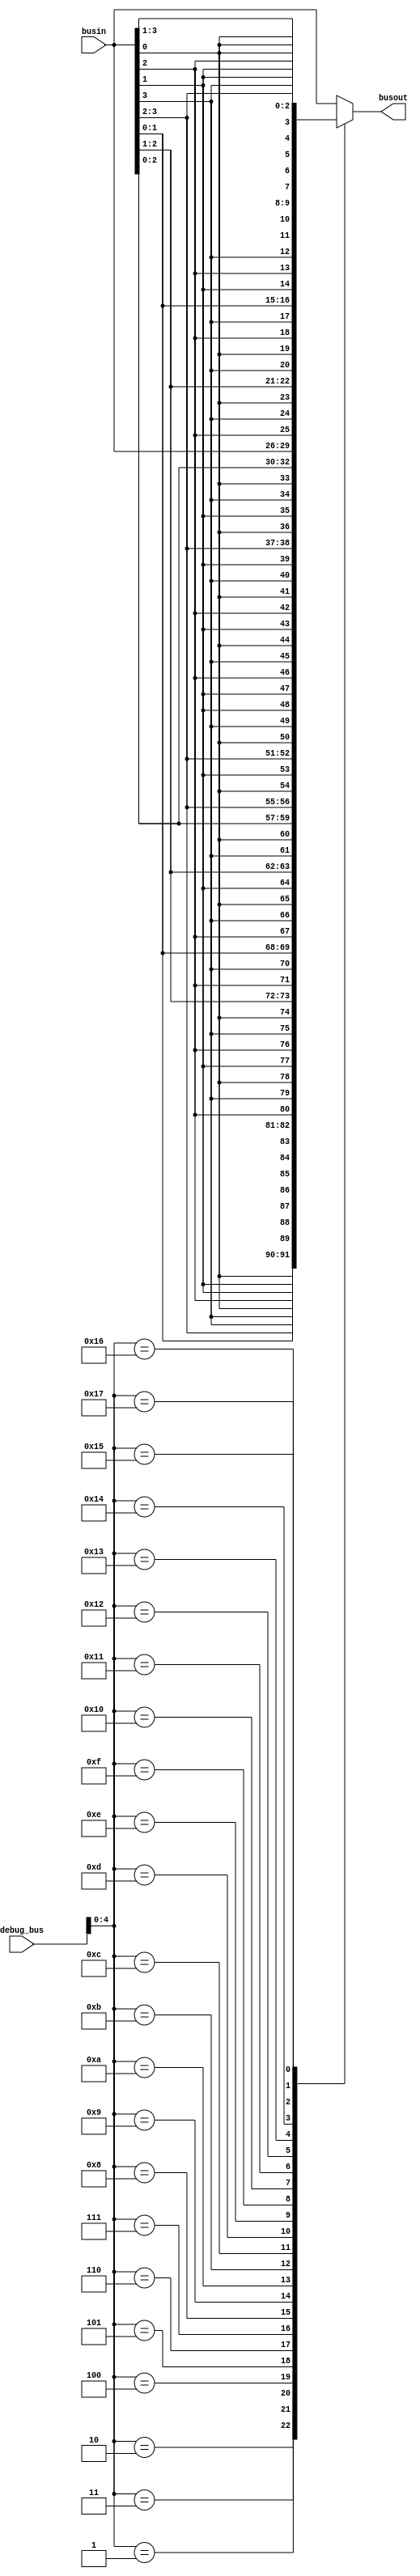
// This program was cloned from: https://github.com/atrac17/Toaplan2
// License: GNU General Public License v3.0

/*  This file is part of JTFRAME.
    JTFRAME program is free software: you can redistribute it and/or modify
    it under the terms of the GNU General Public License as published by
    the Free Software Foundation, either version 3 of the License, or
    (at your option) any later version.

    JTFRAME program is distributed in the hope that it will be useful,
    but WITHOUT ANY WARRANTY; without even the implied warranty of
    MERCHANTABILITY or FITNESS FOR A PARTICULAR PURPOSE.  See the
    GNU General Public License for more details.

    You should have received a copy of the GNU General Public License
    along with JTFRAME.  If not, see <http://www.gnu.org/licenses/>.

    Author: Jose Tejada Gomez. Twitter: @topapate
    Version: 1.0
    Date: 14-1-2022 */

module jtframe_sort(
    input      [7:0] debug_bus,
    input      [3:0] busin,
    output reg [3:0] busout
);

always @* begin
    case( debug_bus[4:0] )
       5'h00: busout = { busin[3], busin[2], busin[1], busin[0] };
       5'h01: busout = { busin[3], busin[2], busin[0], busin[1] };
       5'h02: busout = { busin[3], busin[1], busin[2], busin[0] };
       5'h03: busout = { busin[3], busin[1], busin[0], busin[2] };
       5'h04: busout = { busin[3], busin[0], busin[1], busin[2] };
       5'h05: busout = { busin[3], busin[0], busin[2], busin[1] };

       5'h06: busout = { busin[2], busin[3], busin[1], busin[0] };
       5'h07: busout = { busin[2], busin[3], busin[0], busin[1] };
       5'h08: busout = { busin[2], busin[1], busin[3], busin[0] };
       5'h09: busout = { busin[2], busin[1], busin[0], busin[3] };
       5'h0a: busout = { busin[2], busin[0], busin[1], busin[3] };
       5'h0b: busout = { busin[2], busin[0], busin[3], busin[1] };

       5'h0c: busout = { busin[1], busin[2], busin[3], busin[0] };
       5'h0d: busout = { busin[1], busin[2], busin[0], busin[3] };
       5'h0e: busout = { busin[1], busin[3], busin[2], busin[0] };
       5'h0f: busout = { busin[1], busin[3], busin[0], busin[2] };
       5'h10: busout = { busin[1], busin[0], busin[3], busin[2] };
       5'h11: busout = { busin[1], busin[0], busin[2], busin[3] };

       5'h12: busout = { busin[0], busin[2], busin[1], busin[3] };
       5'h13: busout = { busin[0], busin[2], busin[3], busin[1] };
       5'h14: busout = { busin[0], busin[1], busin[2], busin[3] };
       5'h15: busout = { busin[0], busin[1], busin[3], busin[2] };
       5'h16: busout = { busin[0], busin[3], busin[1], busin[2] };
       5'h17: busout = { busin[0], busin[3], busin[2], busin[1] };
       default: busout = busin;
    endcase
end

endmodule